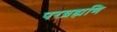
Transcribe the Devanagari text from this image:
परब्रह्मणि